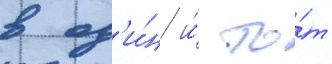
в од'и́н и́ то́т